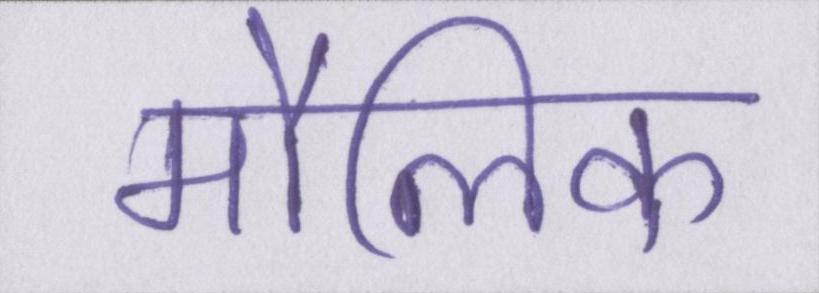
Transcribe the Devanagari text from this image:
मौलिक